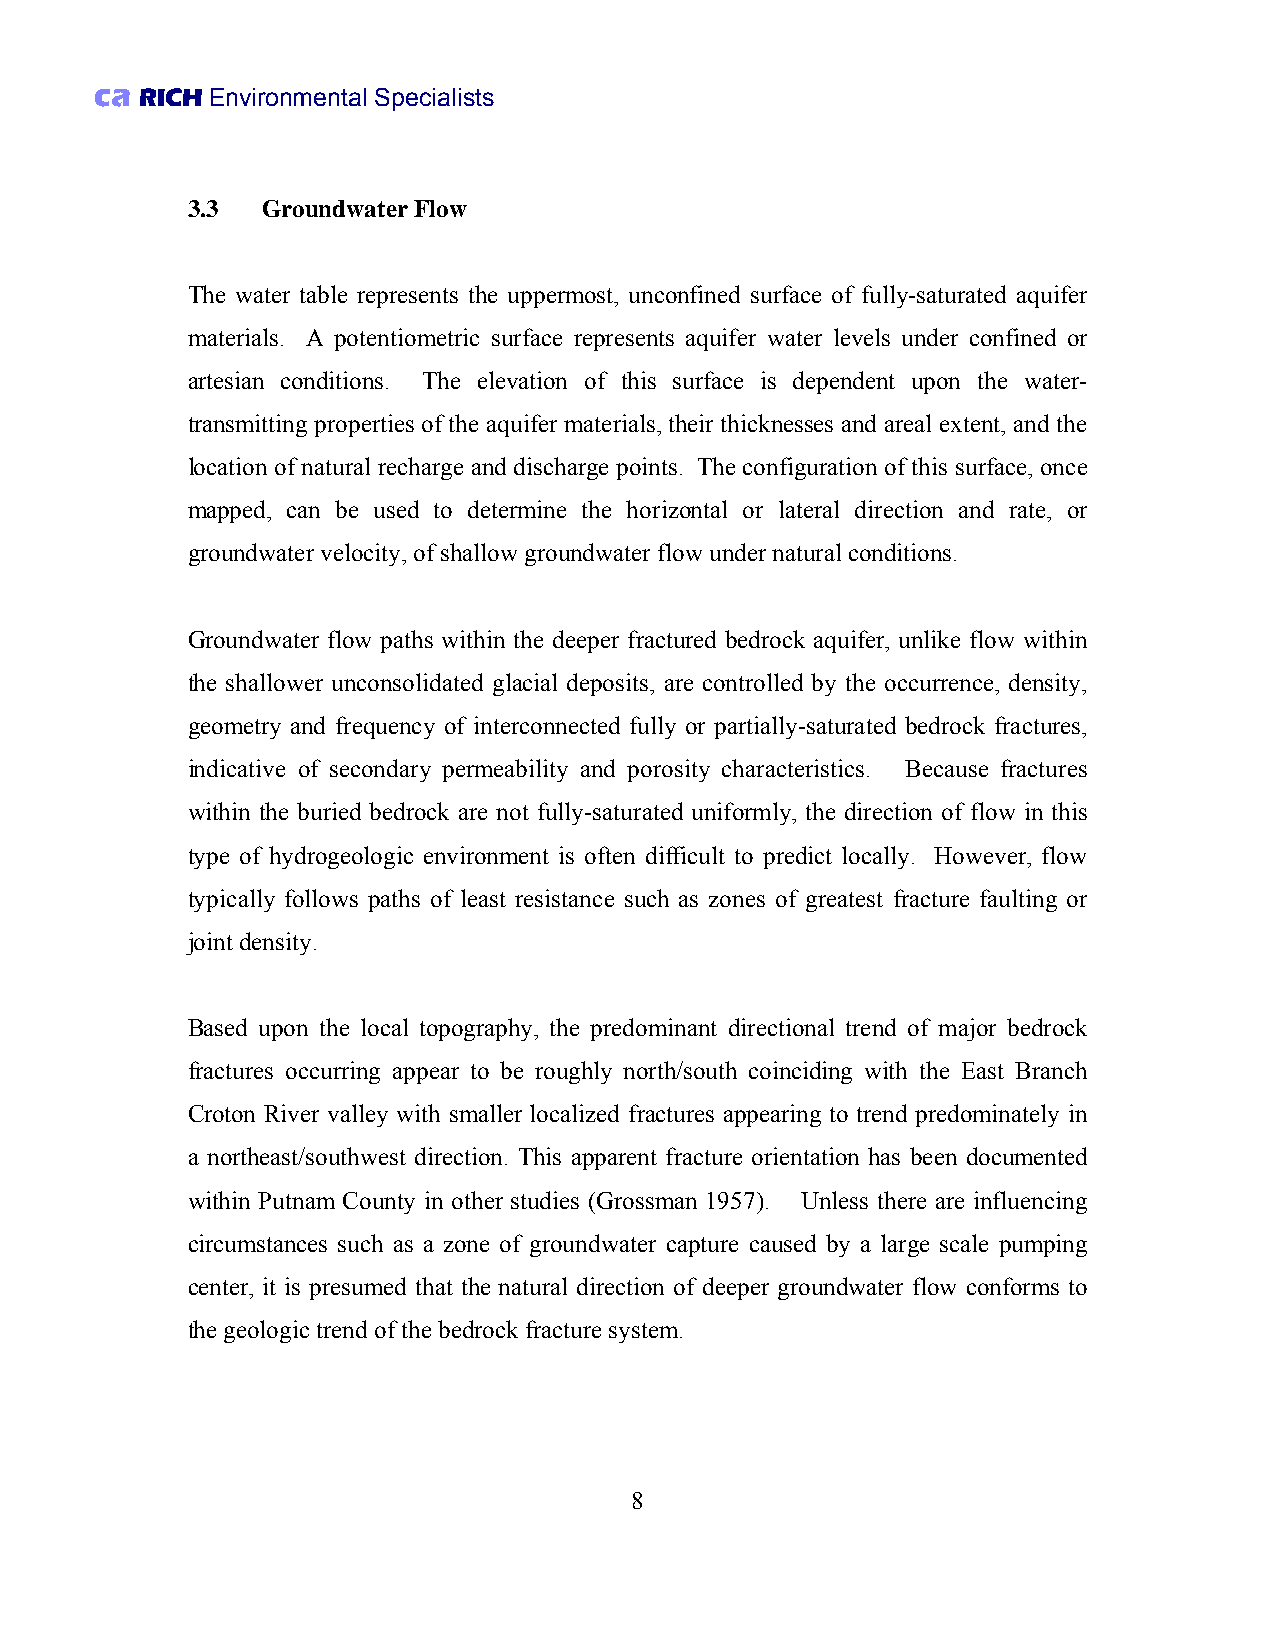
ca RICH Environmental Specialists
 3.3  Groundwater Flow
 The water table represents the uppermost, unconfined surface of fully-saturated aquifer
 materials. A potentiometric surface represents aquifer water levels under confined or
 artesian conditions. The elevation of this surface is dependent upon the water-
 transmitting properties of the aquifer materials, their thicknesses and areal extent, and the
 location of natural recharge and discharge points. The configuration of this surface, once
 mapped, can be used to determine the horizontal or lateral direction and rate, or
 groundwater velocity, of shallow groundwater flow under natural conditions.
 Groundwater flow paths within the deeper fractured bedrock aquifer, unlike flow within
 the shallower unconsolidated glacial deposits, are controlled by the occurrence, density,
 geometry and frequency of interconnected fully or partially-saturated bedrock fractures,
 indicative of secondary permeability and porosity characteristics. Because fractures
 within the buried bedrock are not fully-saturated uniformly, the direction of flow in this
 type of hydrogeologic environment is often difficult to predict locally. However, flow
 typically follows paths of least resistance such as zones of greatest fracture faulting or
 joint density.
 Based upon the local topography, the predominant directional trend of major bedrock
 fractures occurring appear to be roughly north/south coinciding with the East Branch
 Croton River valley with smaller localized fractures appearing to trend predominately in
 a northeast/southwest direction. This apparent fracture orientation has been documented
 within Putnam County in other studies (Grossman 1957). Unless there are influencing
 circumstances such as a zone of groundwater capture caused by a large scale pumping
 center, it is presumed that the natural direction of deeper groundwater flow conforms to
 the geologic trend of the bedrock fracture system.
 8